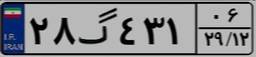
۲۸گ۴۳۱۰۶